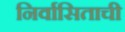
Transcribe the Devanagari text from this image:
निर्वासिताची